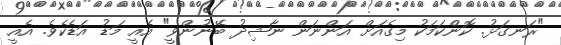
"ރަނގަޅު. ކޮންކަމަކު މިގެއަށް އަންނަން ނާޝިދު ބޭނުންވީ" އެއީ މަޑު އަޑެކެވެ. އެއީ